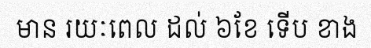
មាន រយៈពេល ដល់ ៦ខែ ទើប ខាង